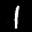
Label: 1